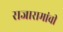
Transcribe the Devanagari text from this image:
राजारामांची